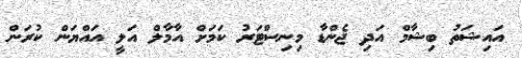
އައިޝަތު ބިޝާމް އަދި ޖެންޑާ މިނިސްޓަރު ކަމަށް އާމާލް އަލީ އައްޔަން ކުރަން